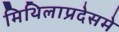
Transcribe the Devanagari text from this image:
मिथिलाप्रदेसमे